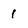
Character: 1